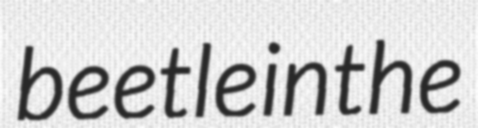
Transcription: beetle in the